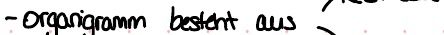
- organigramm besteht aus